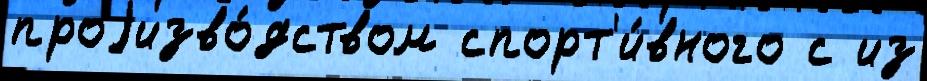
проjизво́дством спорт'и́вного с из